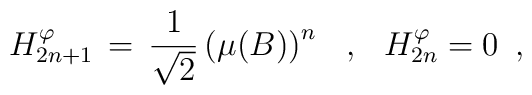
H_{2n+1}^{\varphi}\,=\,\frac{1}{\sqrt 2} \left(\mu(B)\right)^{n} \hspace{3mm} ,\hspace{3mm} H_{2n}^{\varphi}=0 \,\,\, ,